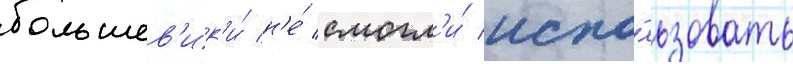
большев'ик'и́ н'е́ смогл'и́ испо́льзовать